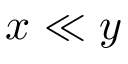
x \ll y